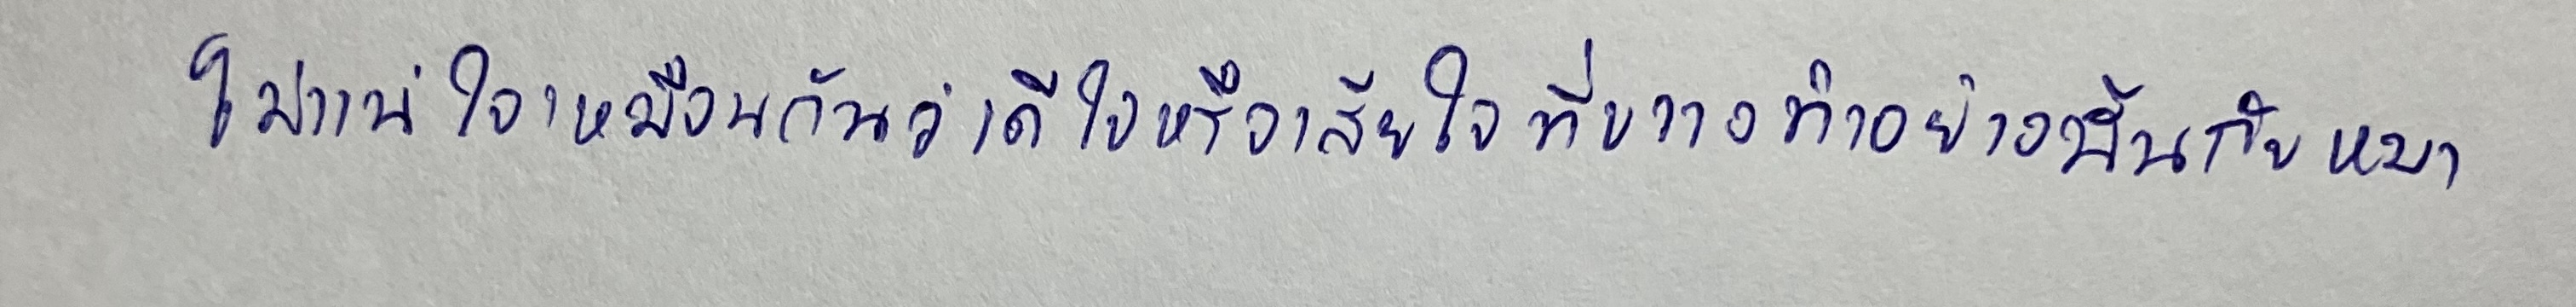
ไม่แน่ใจเหมือนกันว่าดีใจหรือเสียใจที่ขวางทำอย่างนั้นกับหมา